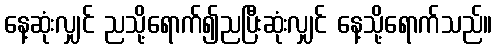
နေ့ဆုံးလျှင် ညသို့ရောက်၍ညပြီးဆုံးလျှင် နေ့သို့ရောက်သည်။